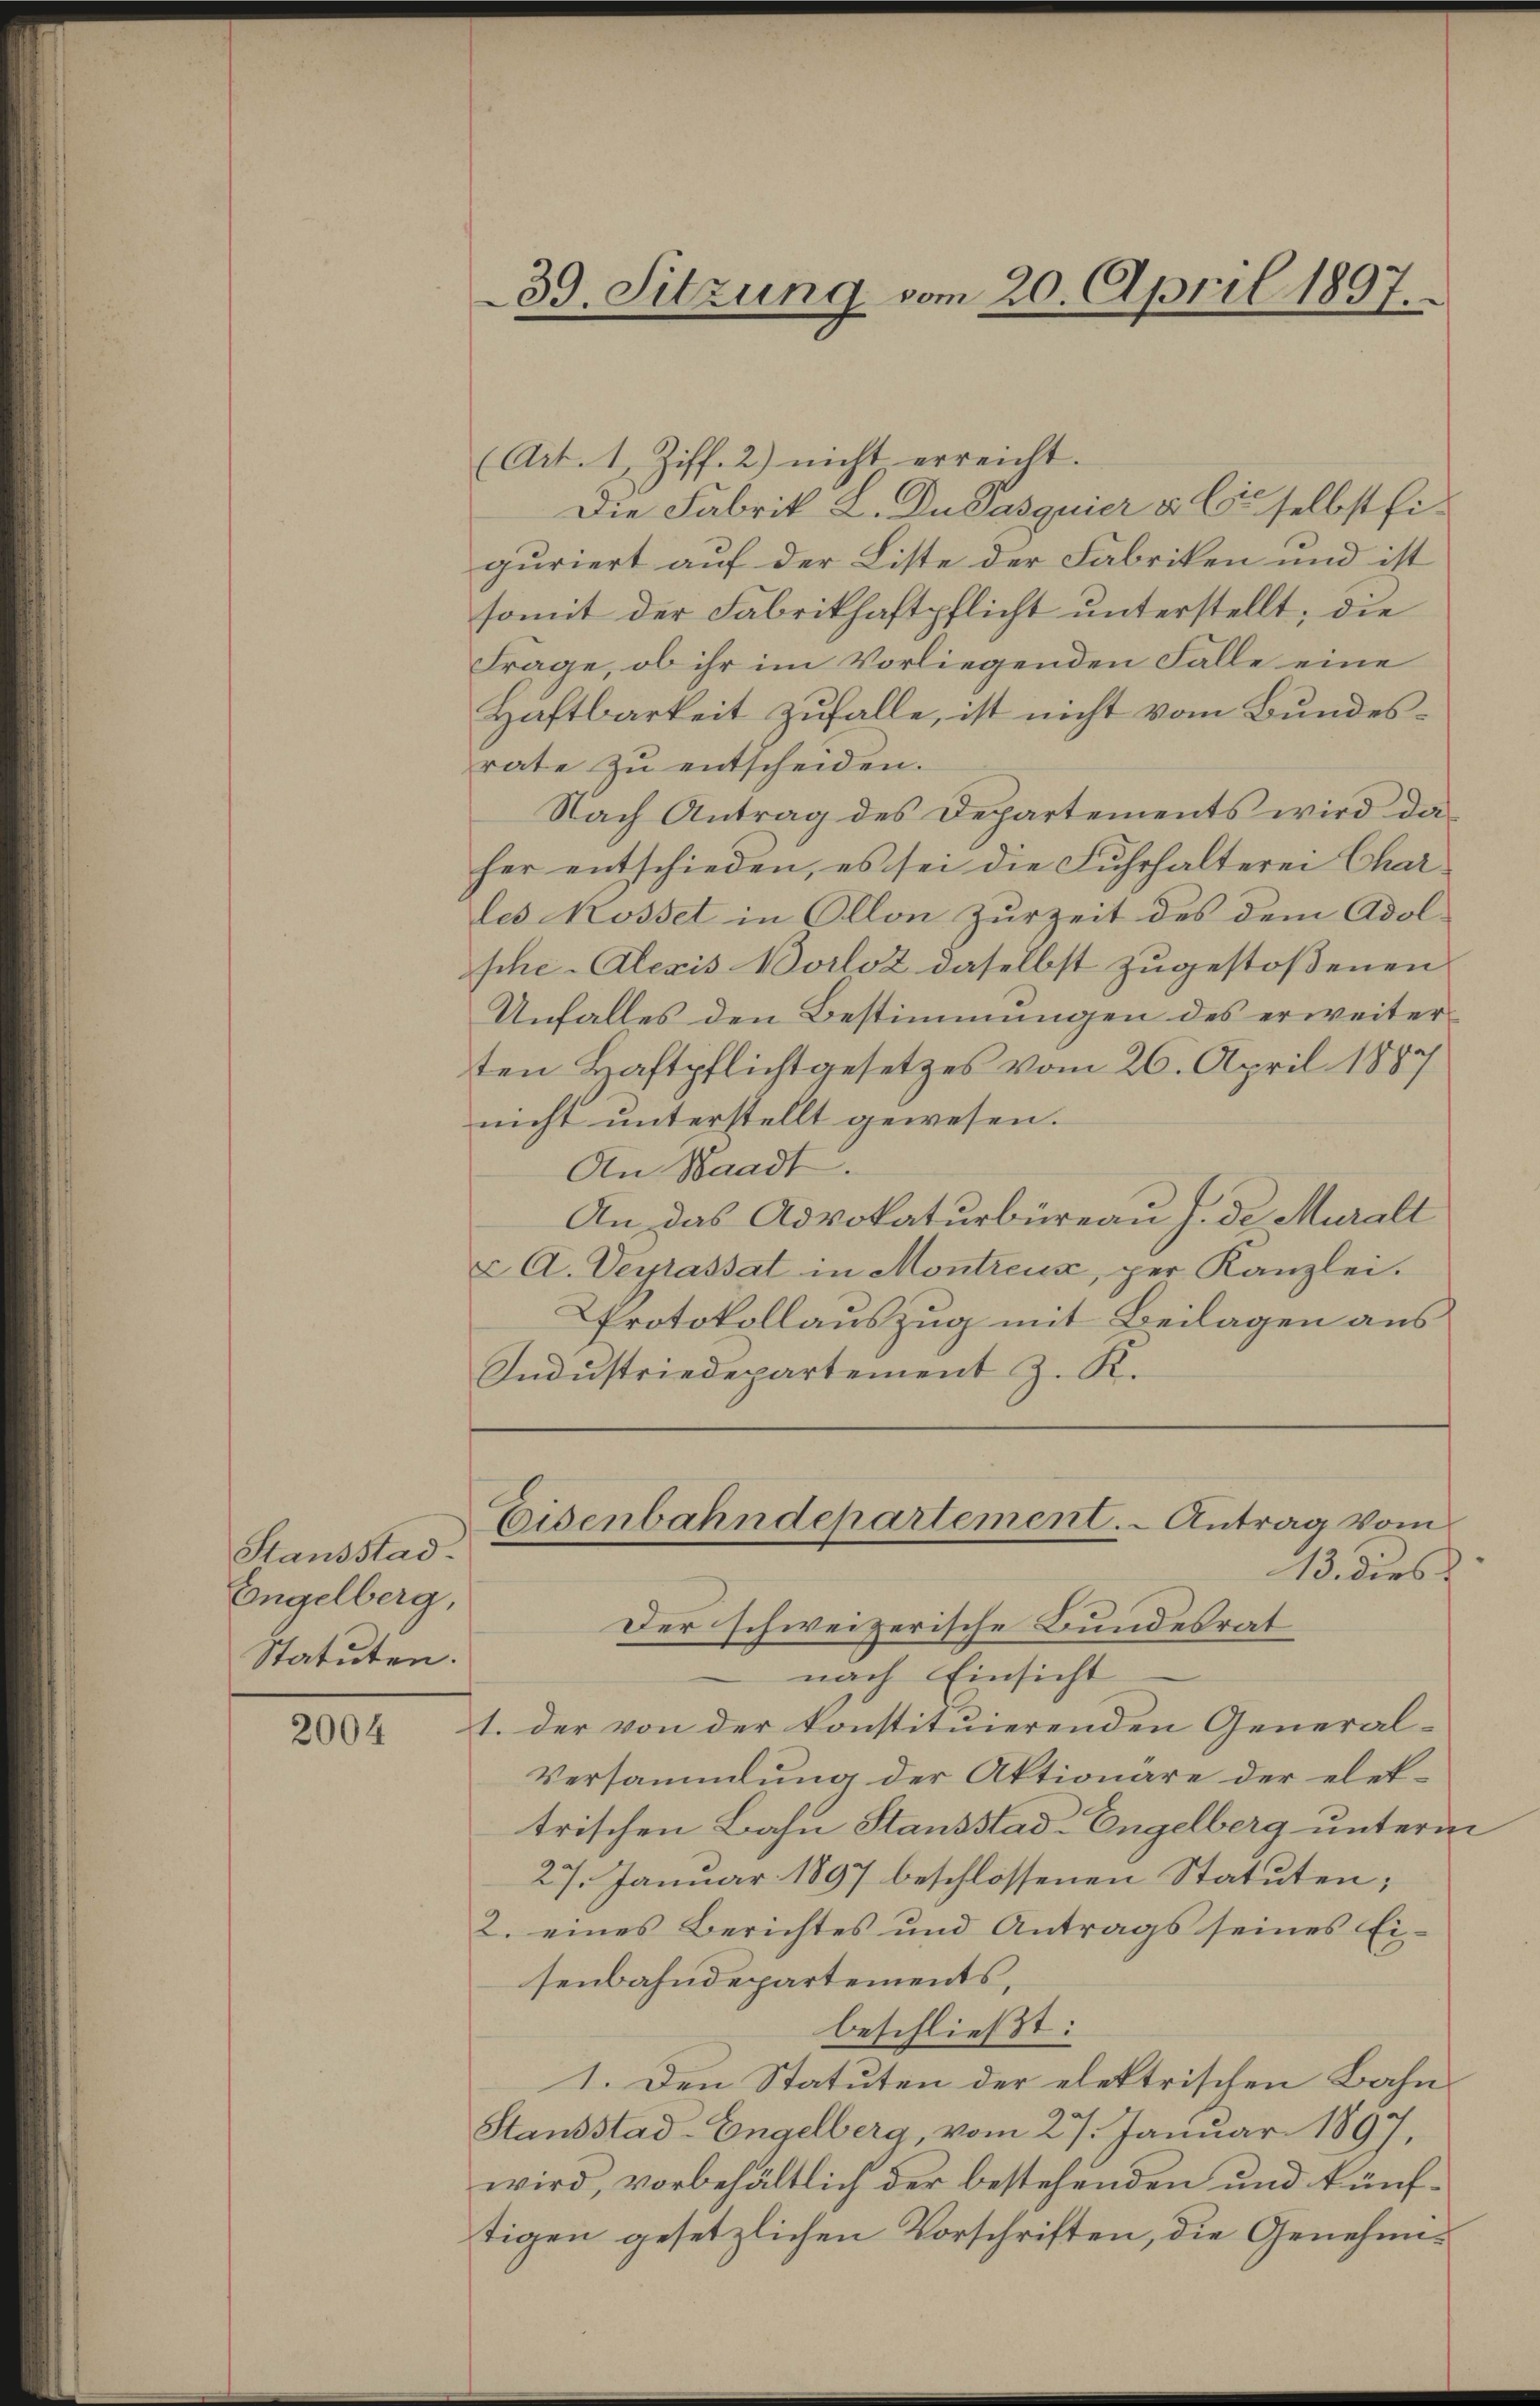
Stausstad
Engelberg,
Statuten.

2004

(Art. 1 Ziff. 2) nicht erreicht.
Die Fabrik L. Du Pasquier u. Es selbst figuriert auf der Liste der Fabriken und ist
somit der Fabrikhaftpflicht unterstellt; die
Frage, ob ihr im Vorliegenden Falle eine
Haftbarkeit zufalle, ist nicht vom Bundesrate zŭ entscheiden.
Nach Antrag des Departements wird daher entschieden, es sei die Fuhrhalterei Charles Rosset in Allon Zurzeit des dem Adol-
sche Alexis Borloz daselbst zugestoßenen
Unfalles den Bestimmungen des erweiterten Haftpflichtgesetzes vom 26. April 1887
nicht unterstellt gewesen.
An Waadt.
An das Advokaturbüreau s. de Muralt
& A. Verrassat in Montreux, per Kanzlei.
Protokollauszug mit Beilagen aus
Indŭstriedepartement J. K.

39. Sitzung vom 20. April 1897.

Eisenbahndepartement. - Antrag vom
13. dies
Der schweizerische Bundesrat

nach Einsicht
1. der von der konstituierenden General¬
Versammlung der Aktionare der elettrischen Bahn Stausstad-Engelberg unterm
27. Januar 1897 beschlossenen Statuten;
2. eines Berichtes und Antrags seines Ei-
senbahndepartements,
beschließt:
1. Den Statuten der elektrischen Bahn¬
Standstad-Engelberg, vom 27. Januar 1897,
wird, vorbehältlich der bestehenden und künftigen gesetzlichen Vorschriften, die Genehmi¬